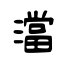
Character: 澢